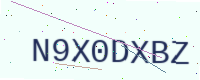
Text: N9X0DXBZ